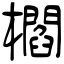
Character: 櫩